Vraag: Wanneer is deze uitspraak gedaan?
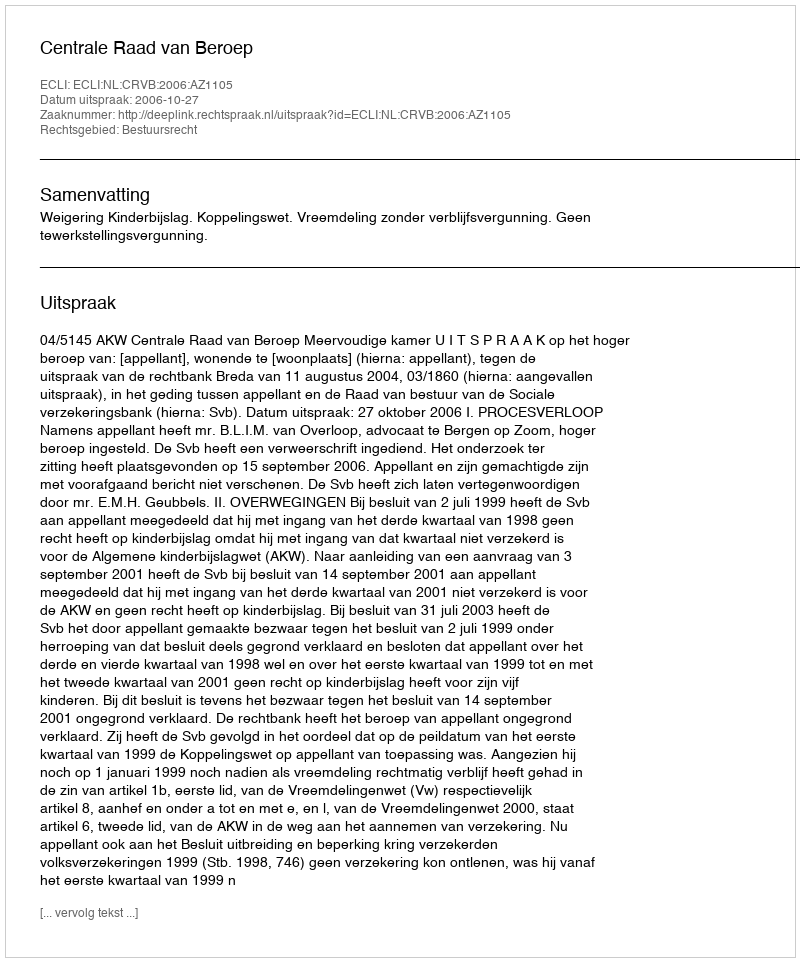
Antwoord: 2006-10-27